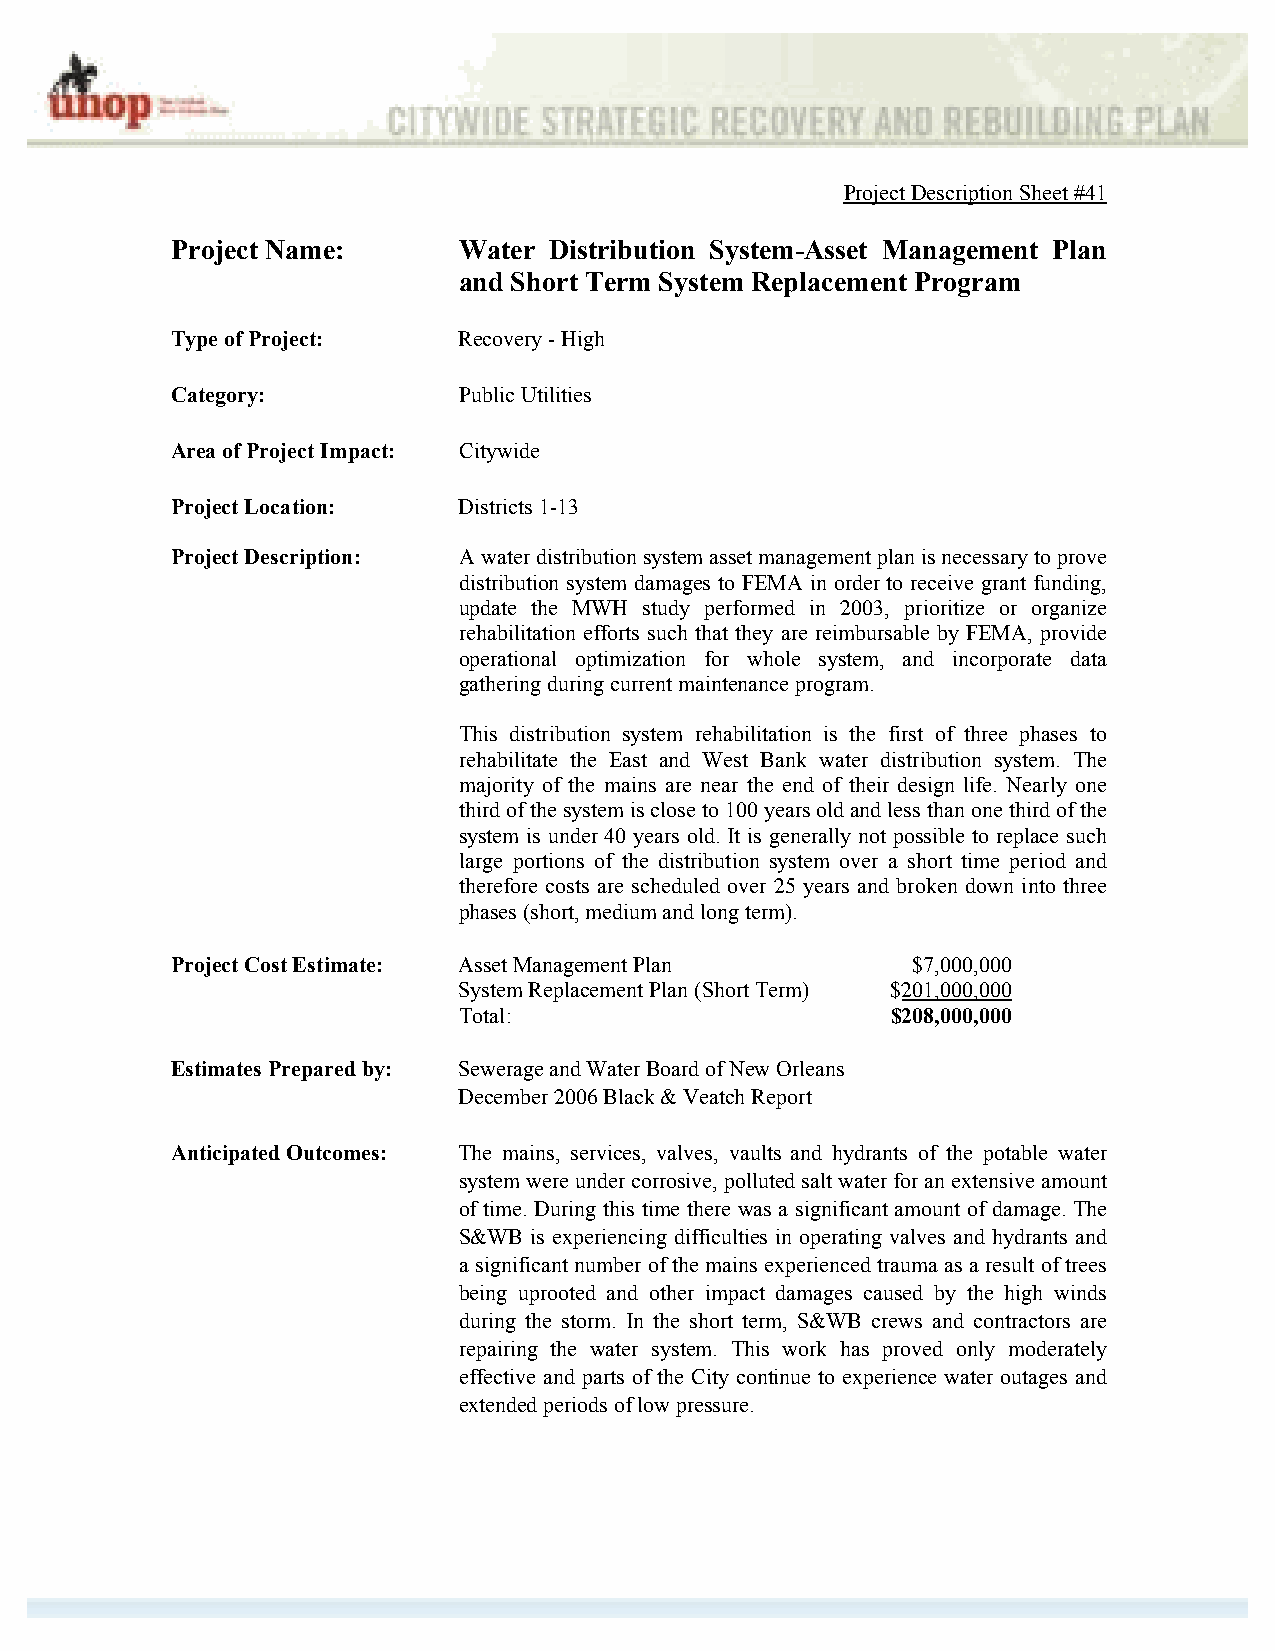
Project Description Sheet #41
 Project Name:      Water Distribution System-Asset Management Plan
 and Short Term System Replacement Program
 Type of Project:   Recovery - High
 Category:          Public Utilities
 Area of Project Impact: Citywide
 Project Location:  Districts 1-13
 Project Description: A water distribution system asset management plan is necessary to prove
 distribution system damages to FEMA in order to receive grant funding,
 update the MWH study performed in 2003, prioritize or organize
 rehabilitation efforts such that they are reimbursable by FEMA, provide
 operational optimization for whole system, and incorporate data
 gathering during current maintenance program.
 This distribution system rehabilitation is the first of three phases to
 rehabilitate the East and West Bank water distribution system. The
 majority of the mains are near the end of their design life. Nearly one
 third of the system is close to 100 years old and less than one third of the
 system is under 40 years old. It is generally not possible to replace such
 large portions of the distribution system over a short time period and
 therefore costs are scheduled over 25 years and broken down into three
 phases (short, medium and long term).
 Project Cost Estimate: Asset Management Plan     $7,000,000
 System Replacement Plan (Short Term) $201,000,000
 Total:                       $208,000,000
 Estimates Prepared by: Sewerage and Water Board of New Orleans
 December 2006 Black & Veatch Report
 Anticipated Outcomes: The mains, services, valves, vaults and hydrants of the potable water
 system were under corrosive, polluted salt water for an extensive amount
 of time. During this time there was a significant amount of damage. The
 S&WB is experiencing difficulties in operating valves and hydrants and
 a significant number of the mains experienced trauma as a result of trees
 being uprooted and other impact damages caused by the high winds
 during the storm. In the short term, S&WB crews and contractors are
 repairing the water system. This work has proved only moderately
 effective and parts of the City continue to experience water outages and
 extended periods of low pressure.